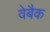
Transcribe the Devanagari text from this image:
वेबैक